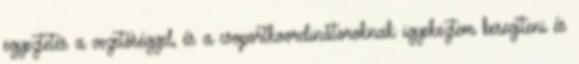
egyeztetés a vezetőséggel, és a csoportkoordinátoroknak igyekeztem besegíteni és